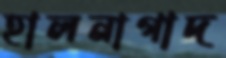
হালনাগাদ